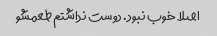
اصلا خوب نبود. دوست نداشتم طعمشو